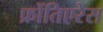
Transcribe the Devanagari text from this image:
फ्रोंतिएरेस